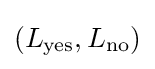
(L_{\mathrm {yes} },L_{\mathrm {no} })